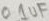
Text: 0.1uF